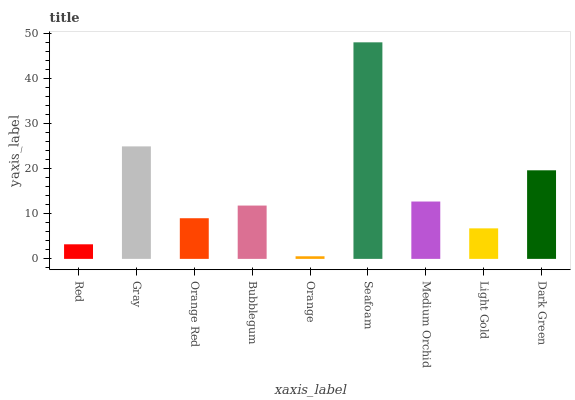
| xaxis_label | bars |
 | --- | --- |
 | Red | 3.23 |
 | Gray | 24.9 |
 | Orange Red | 9.01 |
 | Bubblegum | 11.8 |
 | Orange | 0.578 |
 | Seafoam | 48 |
 | Medium Orchid | 12.7 |
 | Light Gold | 6.77 |
 | Dark Green | 19.6 |